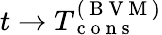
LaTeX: t\rightarrow T_{\mathrm{~c~o~n~s~}}^{(\mathrm{~B~V~M~})}